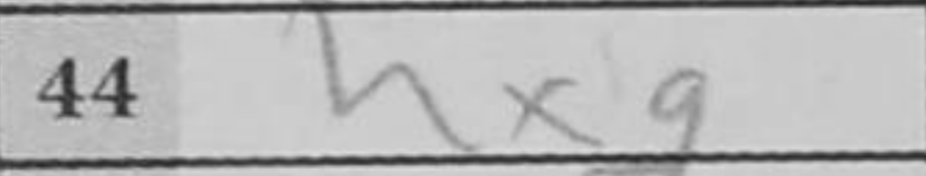
Transcription: hxg